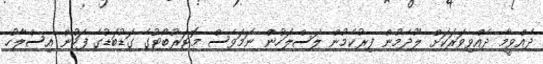
ދެއްވީމާ ދެއްވިވަރަކަށް ލޫދެމުން ފިރުކެމުން ލަސްލަހުން ނަމަވެސް މޮޓަރުބޯޓުގެ ގަޑުބަޑުގެ ފަހުން އިސްލާހު